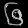
Digit: ၆